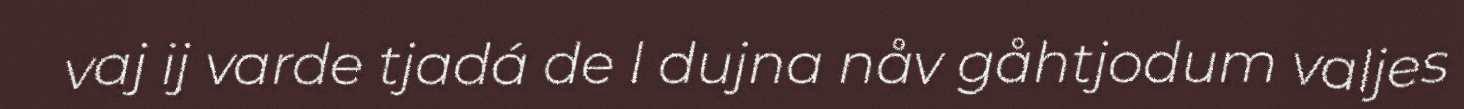
vaj ij varde tjadá de l dujna nåv gåhtjodum valjes